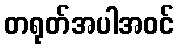
တရုတ်အပါအဝင်